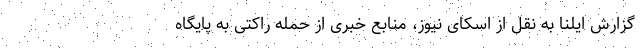
گزارش ایلنا به نقل از اسکای نیوز، منابع خبری از حمله راکتی به پایگاه